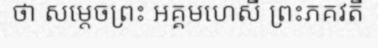
ថា សម្តេចព្រះ អគ្គមហេសី ព្រះភគវតី